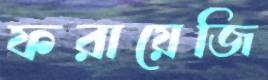
ফরায়েজি